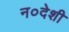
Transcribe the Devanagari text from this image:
न०देशी